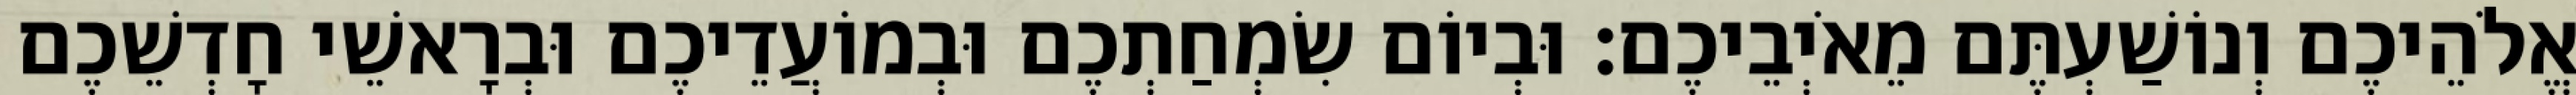
אֱלֹהֵיכֶם וְנוֹשַׁעְתֶּם מֵאֹיְבֵיכֶם׃ וּבְיוֹם שִׂמְחַתְכֶם וּבְמוֹעֲדֵיכֶם וּבְרָאשֵׁי חָדְשֵׁכֶם